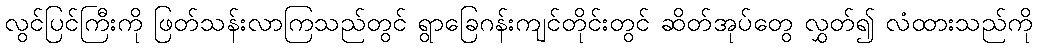
လွင်ပြင်ကြီးကို ဖြတ်သန်းလာကြသည်တွင် ရွာခြေဂန်းကျင်တိုင်းတွင် ဆိတ်အုပ်တွေ လွှတ်၍ လံထားသည်ကို